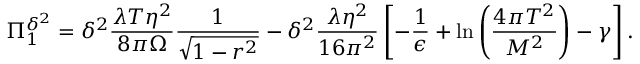
\Pi _ { 1 } ^ { \delta ^ { 2 } } = \delta ^ { 2 } \frac { \lambda T \eta ^ { 2 } } { 8 \pi \Omega } \frac { 1 } { \sqrt { 1 - r ^ { 2 } } } - \delta ^ { 2 } \frac { \lambda \eta ^ { 2 } } { 1 6 \pi ^ { 2 } } \left[ - \frac { 1 } { \epsilon } + \ln \left( \frac { 4 \pi T ^ { 2 } } { M ^ { 2 } } \right) - \gamma \right] .